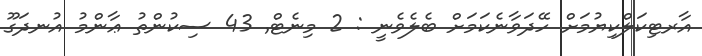
އާރޓިކަލްކިޔުމަށް ހޭދަވާނެކަމަށް ބެލެވެނީ : 2 މިނެޓް